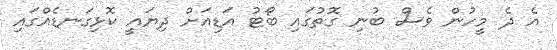
އެ ދެ މީހުން ވެސް ބުނި ގޮތުގައި ބޯޓު އަޑިއަށް ދިޔައީ ކޮޅިގަނޑެއްގައި